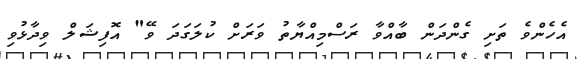
އެހެންވެ ތަށި ގެންދަން ބާއްވާ ރަސްމިއްޔާތު ވަރަށް ކުލަގަދަ ވޭ" އޮފިޝަލް ވިދާޅުވި